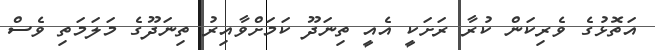
އަތޮޅުގެ ވެރިކަން ކުރާ ރަށަކީ އެއީ ތިނަދޫ ކަމަށްވާއިރު ތިނަދޫގެ މަލަމަތި ވެސް